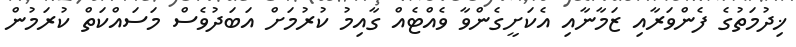
ޚިދުމަތުގެ ފެންވަރާއި ޒަމާނާއި އެކަށީގެންވާ ވެއްޓެއް ގާއިމު ކުރުމަށް އަބަދުވެސް މަސައްކަތް ކުރަމުން